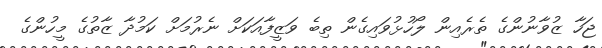
ޖަހާ ޒުވާނުންގެ ތެރެއިން ލޯހުޅުވައިގެން ތިބެ ވަޒީފާއަކަށް ނެރުމަށް ކަމުދާ ޒާތުގެ މީހުންގެ